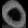
Digit: ၀